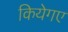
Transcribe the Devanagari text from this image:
कियेगए